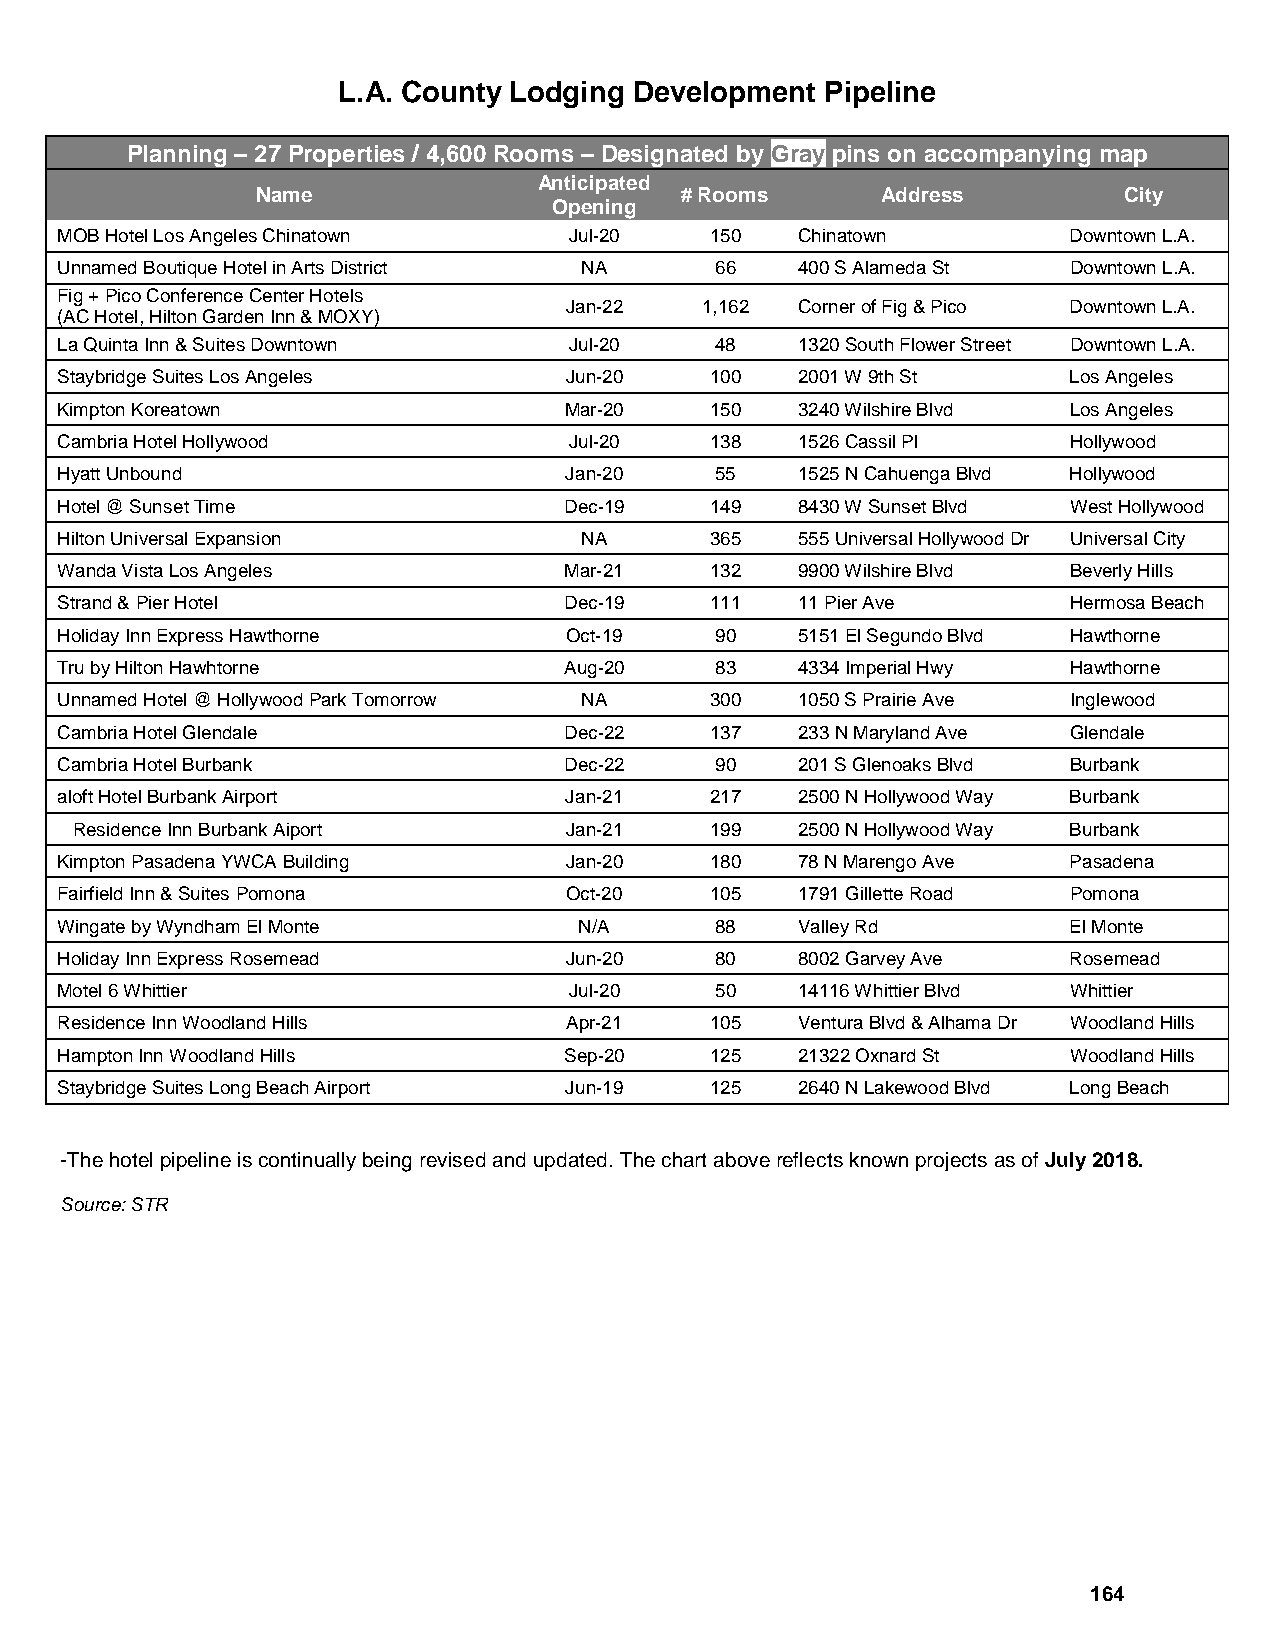
L.A. County Lodging Development  Pipeline
 Planning – 27 Properties / 4,600 Rooms – Designated by Gray pins on accompanying map
 Anticipated
 Name                        # Rooms      Address         City
 Opening
 MOB Hotel Los Angeles Chinatown   Jul-20   150   Chinatown         Downtown L.A.
 Unnamed Boutique Hotel in Arts District NA 66    400 S Alameda St  Downtown L.A.
 Fig + Pico Conference Center Hotels
 Jan-22   1,162  Corner of Fig & Pico Downtown L.A.
 (AC Hotel, Hilton Garden Inn & MOXY)
 La Quinta Inn & Suites Downtown   Jul-20   48    1320 South Flower Street Downtown L.A.
 Staybridge Suites Los Angeles    Jun-20    100   2001 W 9th St     Los Angeles
 Kimpton Koreatown                Mar-20    150   3240 Wilshire Blvd Los Angeles
 Cambria Hotel Hollywood           Jul-20   138   1526 Cassil Pl    Hollywood
 Hyatt Unbound                    Jan-20    55    1525 N Cahuenga Blvd Hollywood
 Hotel @ Sunset Time              Dec-19    149   8430 W Sunset Blvd West Hollywood
 Hilton Universal Expansion        NA       365   555 Universal Hollywood Dr Universal City
 Wanda Vista Los Angeles          Mar-21    132   9900 Wilshire Blvd Beverly Hills
 Strand & Pier Hotel              Dec-19    111   11 Pier Ave       Hermosa Beach
 Holiday Inn Express Hawthorne    Oct-19    90    5151 El Segundo Blvd Hawthorne
 Tru by Hilton Hawhtorne          Aug-20    83    4334 Imperial Hwy Hawthorne
 Unnamed Hotel @ Hollywood Park Tomorrow NA 300   1050 S Prairie Ave Inglewood
 Cambria Hotel Glendale           Dec-22    137   233 N Maryland Ave Glendale
 Cambria Hotel Burbank            Dec-22    90    201 S Glenoaks Blvd Burbank
 aloft Hotel Burbank Airport      Jan-21    217   2500 N Hollywood Way Burbank
 Residence Inn Burbank Aiport    Jan-21    199   2500 N Hollywood Way Burbank
 Kimpton Pasadena YWCA Building   Jan-20    180   78 N Marengo Ave  Pasadena
 Fairfield Inn & Suites Pomona    Oct-20    105   1791 Gillette Road Pomona
 Wingate by Wyndham El Monte       N/A      88    Valley Rd         El Monte
 Holiday Inn Express Rosemead     Jun-20    80    8002 Garvey Ave   Rosemead
 Motel 6 Whittier                  Jul-20   50    14116 Whittier Blvd Whittier
 Residence Inn Woodland Hills     Apr-21    105   Ventura Blvd & Alhama Dr Woodland Hills
 Hampton Inn Woodland Hills       Sep-20    125   21322 Oxnard St   Woodland Hills
 Staybridge Suites Long Beach Airport Jun-19 125  2640 N Lakewood Blvd Long Beach
 -The hotel pipeline is continually being revised and updated. The chart above reflects known projects as of July 2018.
 Source: STR
 164